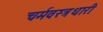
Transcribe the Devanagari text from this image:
चर्मवस्त्रधारी